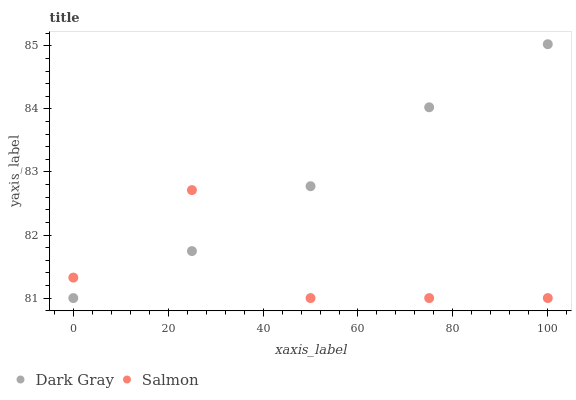
| xaxis_label | Dark Gray | Salmon |
 | --- | --- | --- |
 | 0 | 81 | 81.3 |
 | 25 | 81.7 | 82.7 |
 | 50 | 82.8 | 81 |
 | 75 | 84 | 81 |
 | 100 | 85 | 81 |